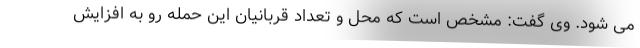
می شود. وی گفت: مشخص است که محل و تعداد قربانیان این حمله رو به افزایش